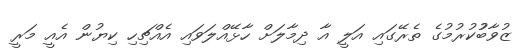
ޒުވާބުުކުރުމުގެެ ތެރޭގައި އަލީ އާ ދިމާލަށް ހާޅޭއްލަވައި އެއްޗިހި ކިޔުން އެއީ މަރީ